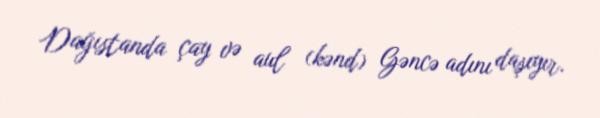
Dağıstanda çay və aul (kənd) Gəncə adını daşıyır.